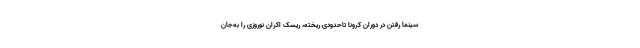
سینما رفتن در دوران کرونا تاحدودی ریخته، ریسک اکران نوروزی را به‌جان